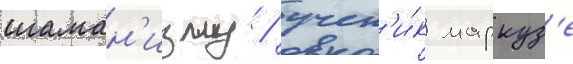
шаман'изму / учен'и́к маркуз'е